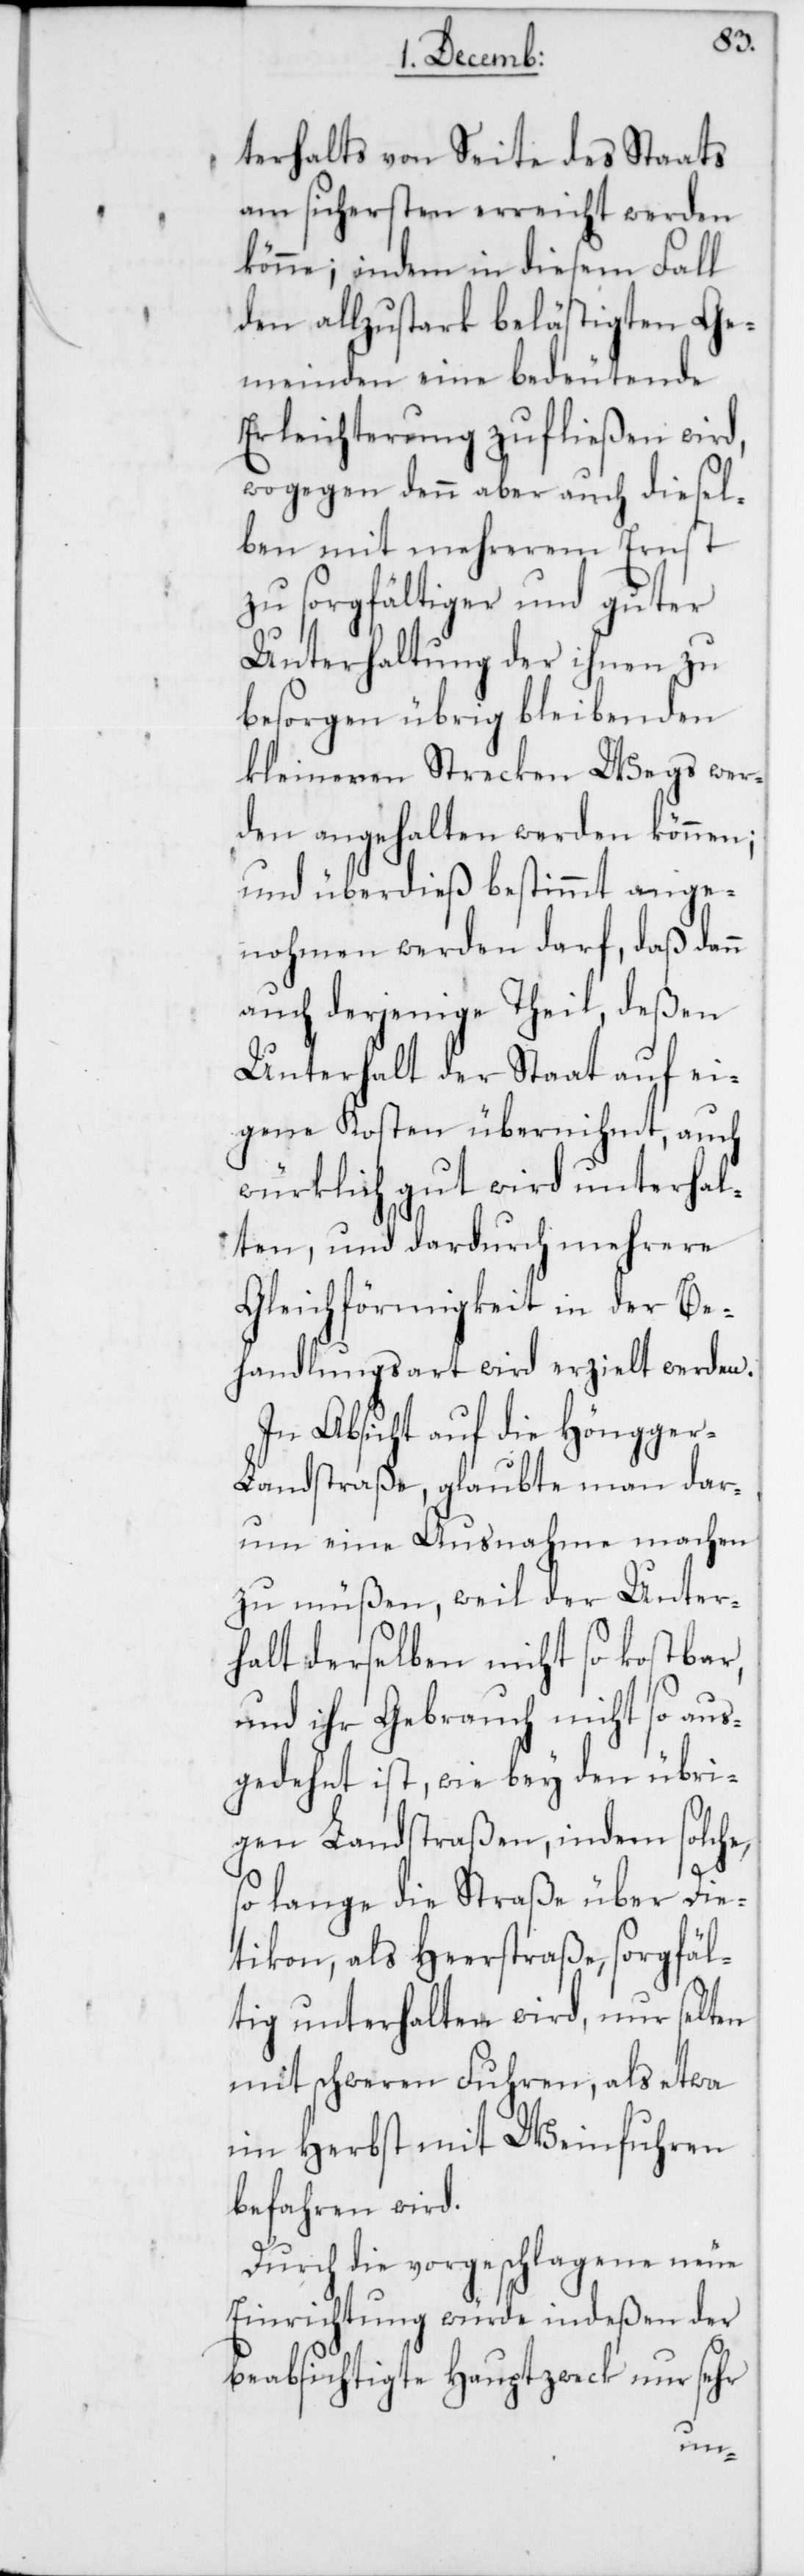
terhalts von Seite des Staats
am sichersten erreicht werden
könne; indem in diesem Fall
den allzu stark belästigten Ge¬
meinden eine bedeutende
Erleichterung zufließen wird,
wogegen denn aber auch diesel¬
ben mit mehrerem Ernst
zu sorgfältiger und guter
Unterhaltung der ihnen zu
besorgen übrig bleibenden
kleineren Strecken Wegs wer¬
den angehalten werden können;
und überdieß bestimmt ange¬
nohmen werden darf, daß dann
auch derjenige Theil, deßen
Unterhalt der Staat auf ei¬
gene Kosten übernihmt, auch
würklich gut wird unterhal¬
ten, und dardurch mehrere
Gleichförmigkeit in der Be¬
handlungsart wird erzielt werden.
In Absicht auf die Höngger-L¬
andstraße, glaubte man dar¬
um eine Ausnahme machen
zu müßen, weil der Unter¬
halt derselben nicht so kostbar,
und ihr Gebrauch nicht so aus¬
gedehnt ist, wie bey den übri¬
gen Landstraßen, indem solche,
so lange die Straße über Die¬
tikon, als Heerstraße, sorgfäl¬
tig unterhalten wird, nur selten
mit schweren Fuhren, als etwa
im Herbst mit Weinfuhren
befahren wird.
Durch die vorgeschlagene neue
Einrichtung würde indeßen der
beabsichtigte Hauptzweck nur sehr